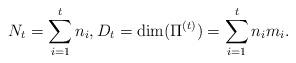
LaTeX: \begin{align*}N_t=\sum_{i=1}^t n_i,D_t=\dim(\Pi^{(t)})=\sum_{i=1}^t n_i m_i.\end{align*}